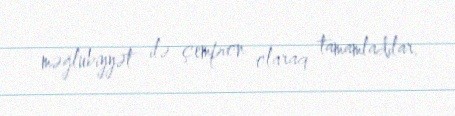
məğlubiyyət ilə çempion olaraq tamamladılar.